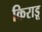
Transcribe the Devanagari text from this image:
किराडू